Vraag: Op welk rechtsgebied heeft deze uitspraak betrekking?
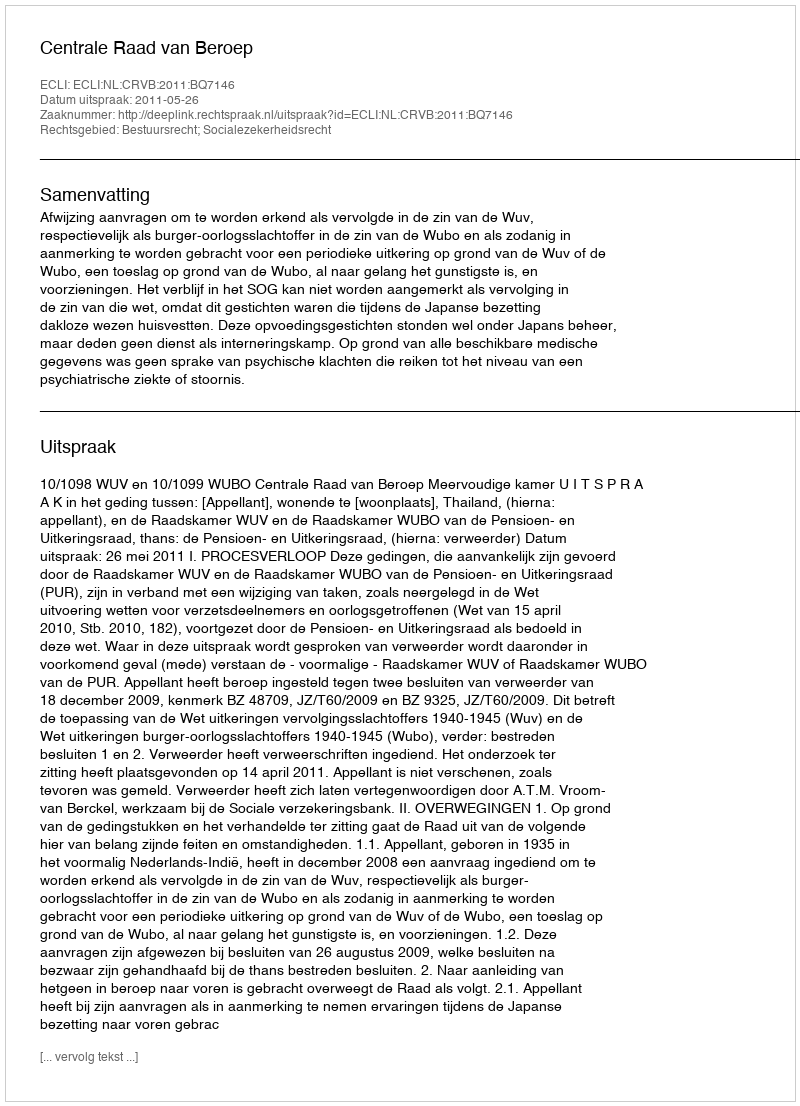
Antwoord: Bestuursrecht; Socialezekerheidsrecht